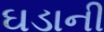
ઘડાની